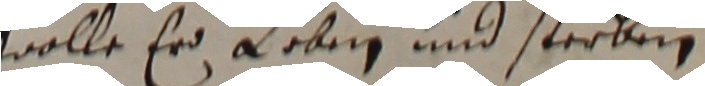
wolle er loben und sterben